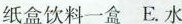
纸盒饮料一盒E。水